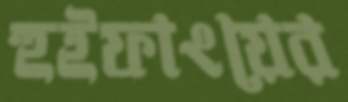
হুইফাংয়ের